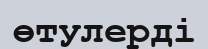
өтулерді